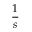
\frac { 1 } { s }